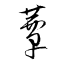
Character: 蕈